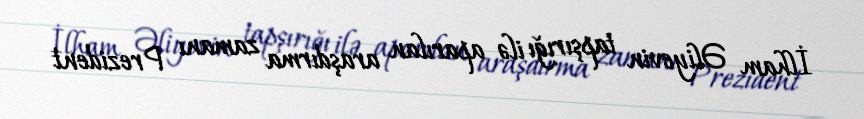
İlham Əliyevin tapşırığı ilə aparılan araşdırma zamanı Prezident